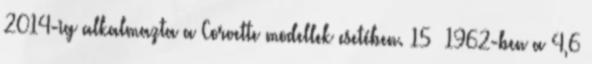
2014-ig alkalmazta a Corvette modellek esetében. 15 1962-ben a 4,6